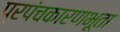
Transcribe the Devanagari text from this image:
प्रपंचकारणभूता